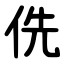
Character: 侁